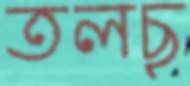
তলছ